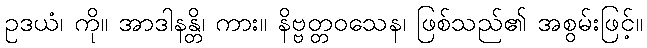
ဥဒယံ၊ ကို။ အာဒါနန္တိ၊ ကား။ နိဗ္ဗတ္တဝသေန၊ ဖြစ်သည်၏ အစွမ်းဖြင့်။